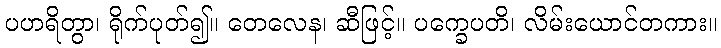
ပဟရိတွာ၊ ရိုက်ပုတ်၍။ တေလေန၊ ဆီဖြင့်။ ပက္ခေပတိ၊ လိမ်းယောင်တကား။